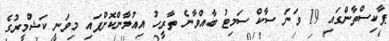
ޕާކިސްތާންގައި 19 ވަަނަ ސާކް ސަމިޓު ބާއްވާނެ ތާރީހު އިއުލާންކޮށްފައި މިވަނީ ކަޝްމީރުގެ